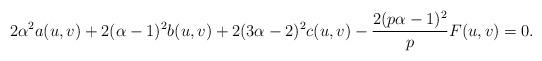
LaTeX: \begin{align*}2\alpha^{2}a(u,v)+2(\alpha-1)^{2}b(u,v)+2(3\alpha-2)^{2}c(u,v)-\frac{2(p\alpha-1)^{2}}{p}F(u,v)=0.\end{align*}